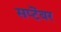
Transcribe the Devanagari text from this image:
सप्टॆंबर